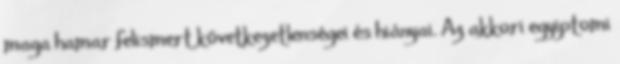
maga hamar felismert következetlenségei és hiányai. Az akkori egyiptomi